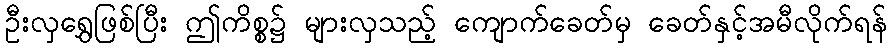
ဦးလှရွှေဖြစ်ပြီး ဤကိစ္စ၌ များလှသည့် ကျောက်ခေတ်မှ ခေတ်နှင့်အမီလိုက်ရန်